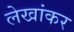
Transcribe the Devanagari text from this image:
लेखांकर